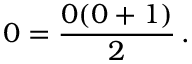
0 = { \frac { 0 ( 0 + 1 ) } { 2 } } \, .